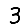
Digit: 3